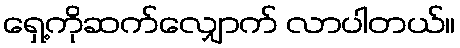
ရှေ့ကိုဆက်လျှောက် လာပါတယ်။